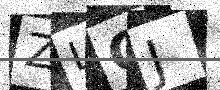
Text: ZLGJ